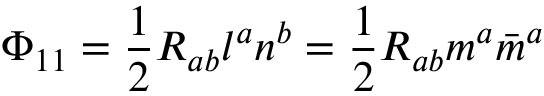
\Phi _ { 1 1 } = { \frac { 1 } { 2 } } R _ { a b } l ^ { a } n ^ { b } = { \frac { 1 } { 2 } } R _ { a b } m ^ { a } { \bar { m } } ^ { a }